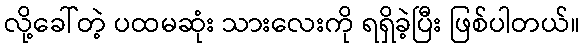
လို့ခေါ်တဲ့ ပထမဆုံး သားလေးကို ရရှိခဲ့ပြီး ဖြစ်ပါတယ်။